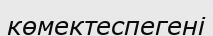
көмектеспегені